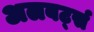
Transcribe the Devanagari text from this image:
अलबर्ट्स